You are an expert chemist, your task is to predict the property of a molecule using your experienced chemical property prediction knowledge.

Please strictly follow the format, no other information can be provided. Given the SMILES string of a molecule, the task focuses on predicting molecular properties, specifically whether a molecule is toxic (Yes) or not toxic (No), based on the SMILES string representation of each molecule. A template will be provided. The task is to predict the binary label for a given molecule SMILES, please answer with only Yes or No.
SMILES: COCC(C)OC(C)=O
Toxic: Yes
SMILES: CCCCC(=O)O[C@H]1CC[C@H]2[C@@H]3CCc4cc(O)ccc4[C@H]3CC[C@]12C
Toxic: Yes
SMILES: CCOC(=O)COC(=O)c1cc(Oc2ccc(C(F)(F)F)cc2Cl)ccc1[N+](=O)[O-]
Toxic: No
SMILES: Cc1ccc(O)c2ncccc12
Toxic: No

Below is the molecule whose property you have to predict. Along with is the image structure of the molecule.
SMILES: NC1CCN(c2nc3c(cc2F)c(=O)c(C(=O)O)cn3-c2ccc(F)cc2F)C1
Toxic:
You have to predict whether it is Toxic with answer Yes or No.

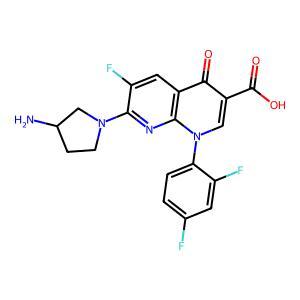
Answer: No